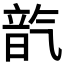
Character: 𪵦